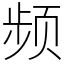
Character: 频